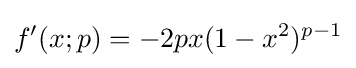
f'(x;p)=-2px(1-x^{2})^{p-1}